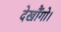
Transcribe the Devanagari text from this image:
देखौंगो।